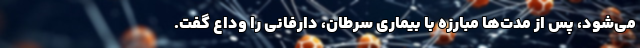
می‌شود، پس از مدت‌ها مبارزه با بیماری سرطان، دارفانی را وداع گفت.